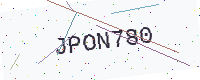
Text: JPON780